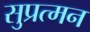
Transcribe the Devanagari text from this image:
सुप्रत्मन